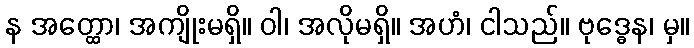
န အတ္ထော၊ အကျိုးမရှိ။ ဝါ၊ အလိုမရှိ။ အဟံ၊ ငါသည်။ ဗုဒ္ဓေန၊ မှ။